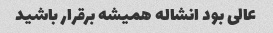
عالی بود انشاله همیشه برقرار باشید